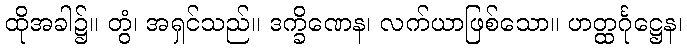
ထိုအခါ၌။ တွံ၊ အရှင်သည်။ ဒက္ခိဏေန၊ လက်ယာဖြစ်သော။ ဟတ္ထင်္ဂုဋ္ဌေန၊